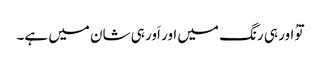
توُ اور ہی رنگ میں اور اَور ہی شان میں ہے۔